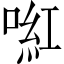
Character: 𠸣